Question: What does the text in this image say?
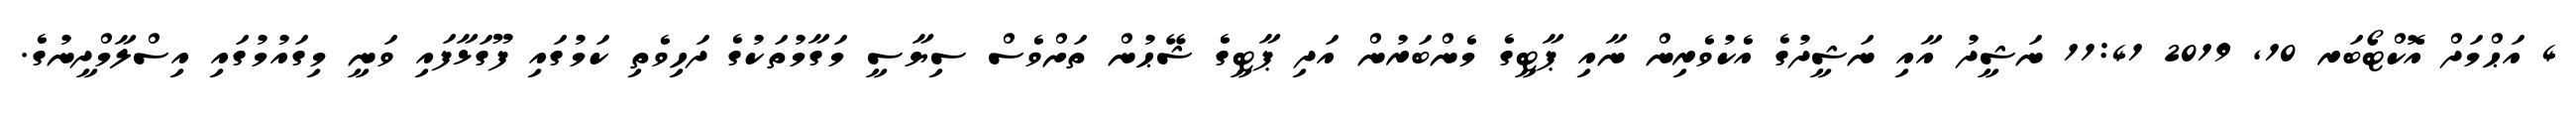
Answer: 4 އަޙްމަދް އޮކްޓޯބަރ 10, 2019 11:41 ނަޝީދު އާއި ނަޝީދުގެ އެކުވެރިން ނާއި ޕާޓީގެ މެންބަރުން އަދި ޕާޓީގެ ޝޭޙުން ތަށްވެސް ސިޔާސީ މަގާމުތަކުގެ ދަހިވެތި ކަމުގައި ފޫގަޅާފައި ވަނީ މިގައުމުގައި އިސްލާމްދީނުގެ.